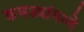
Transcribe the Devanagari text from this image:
कवड्यांमध्ये